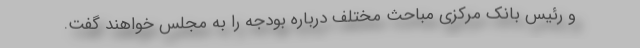
و رئیس بانک مرکزی مباحث مختلف درباره بودجه را به مجلس خواهند گفت.